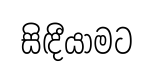
සිඳීයාමට